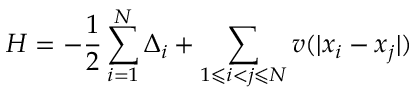
H = - \frac 1 2 \sum _ { i = 1 } ^ { N } \Delta _ { i } + \sum _ { 1 \leqslant i < j \leqslant N } v ( | x _ { i } - x _ { j } | )